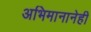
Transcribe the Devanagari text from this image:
अभिमानानेही